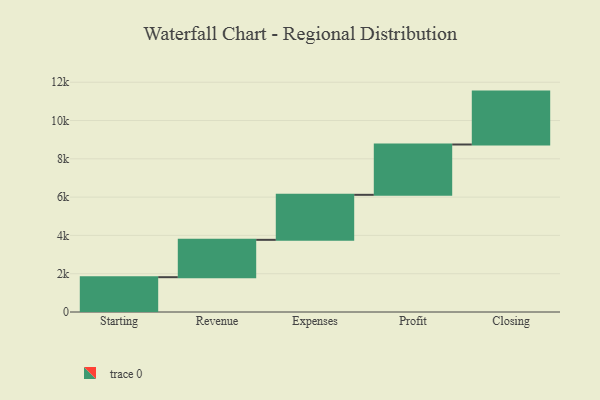
{"axis": {"x": "Step", "y": "Value"}, "legend": [""], "data": [{"x": "Starting", "y": 1818.0, "type": ""}, {"x": "Revenue", "y": 1951.0, "type": ""}, {"x": "Expenses", "y": 2351.0, "type": ""}, {"x": "Profit", "y": 2628.0, "type": ""}, {"x": "Closing", "y": 2763.0, "type": ""}]}